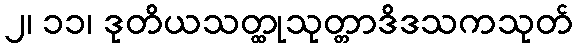
၂၊ ၁၁၊ ဒုတိယသတ္ထုသုတ္တာဒိဒသကသုတ်